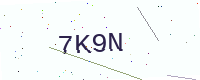
Text: 7K9N